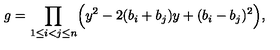
g = \prod _ { 1 \leq i < j \leq n } \Bigl ( y ^ { 2 } - 2 ( b _ { i } + b _ { j } ) y + ( b _ { i } - b _ { j } ) ^ { 2 } \Bigr ) ,